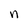
Character: n